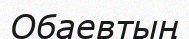
Обаевтың